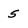
Character: 5